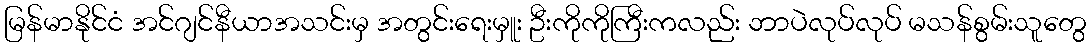
မြန်မာနိုင်ငံ အင်ဂျင်နီယာအသင်းမှ အတွင်းရေးမှူး ဦးကိုကိုကြီးကလည်း ဘာပဲလုပ်လုပ် မသန်စွမ်းသူတွေ